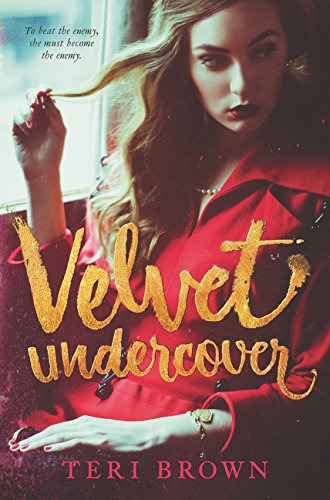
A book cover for Velvet Undercover; Teri Brown; Teen & Young Adult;